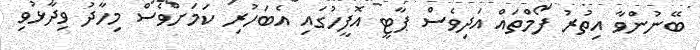
ބޭނުންވާ އިތުރު ފޯމްތައް އަދިވެސް ޕާޓީ އޮފީހުގައި އެބަހުރި ކަމަށްވެސް މިހާދު ވިދާޅުވި